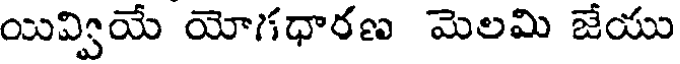
యివ్వియే యోగధారణ మెలమి జేయు